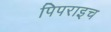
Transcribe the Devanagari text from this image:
पिपराइच